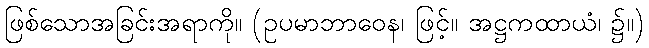
ဖြစ်သောအခြင်းအရာကို။ (ဥပမာဘာဝေန၊ ဖြင့်။ အဋ္ဌကထာယံ၊ ၌။)